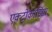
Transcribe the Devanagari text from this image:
एक्टोकॉर्डिया